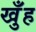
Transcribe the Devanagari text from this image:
खुँह